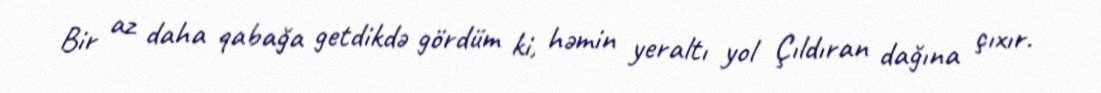
Bir az daha qabağa getdikdə gördüm ki, həmin yeraltı yol Çıldıran dağına çıxır.